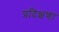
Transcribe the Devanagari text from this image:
प्रदिक्षणा